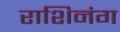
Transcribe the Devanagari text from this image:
राशिनंग